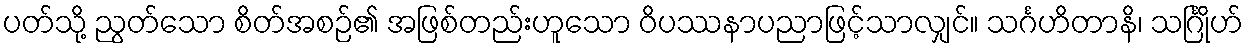
ပတ်သို့ ညွတ်သော စိတ်အစဉ်၏ အဖြစ်တည်းဟူသော ဝိပဿနာပညာဖြင့်သာလျှင်။ သင်္ဂဟိတာနိ၊ သင်္ဂြိုဟ်